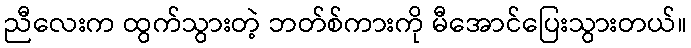
ညီလေးက ထွက်သွားတဲ့ ဘတ်စ်ကားကို မီအောင်ပြေးသွားတယ်။